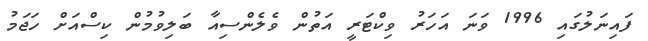
ފައިނަލުގައި 1996 ވަނަ އަހަރު ވިކްޓަރީ އަތުން ވެލެންސިއާ ބަލިވުމުން ކިސްއަށް ހަޖަމު